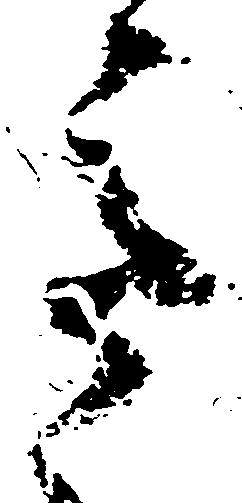
意